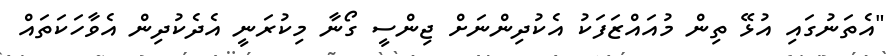
"އެތަނުގައި އުޅޭ ތިން މުއައްޒަފަކު އެކުދިންނަށް ޖިންސީ ގޯނާ މިކުރަނީ އެދެކުދިން އެވާހަކަތައް